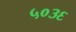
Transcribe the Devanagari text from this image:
५०३६